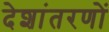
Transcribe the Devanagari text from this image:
देशांतरणों